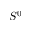
S ^ { 0 }